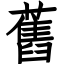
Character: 舊